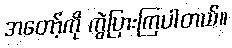
အတော့်ကို ကွဲပြားကြပါတယ်။